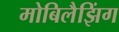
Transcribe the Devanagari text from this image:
मोबिलैझिंग